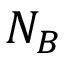
N _ { B }